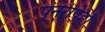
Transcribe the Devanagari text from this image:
पुनरपिही